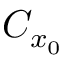
C _ { x _ { 0 } }